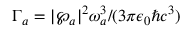
\Gamma _ { a } = | \boldsymbol { \wp } _ { a } | ^ { 2 } \omega _ { a } ^ { 3 } / ( 3 \pi \epsilon _ { 0 } \hbar c ^ { 3 } )